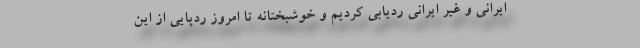
ایرانی و غیر ایرانی ردیابی کردیم و خوشبختانه تا امروز ردپایی از این